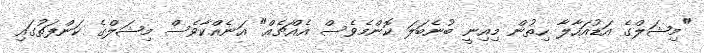
"މިޝަލްގެ އަޑުއަހާލާ ހިތުން މިއިނީ ބުނެބަލަ ކޮންމެވެސް އެއްޗެއް" އަނެއްކާވެސް މިޝަލްގެ ކަންފަތުގައި